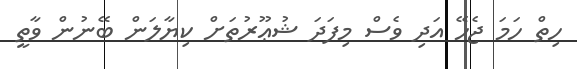
ހިތް ހަމަ ޖެހޭ އަދި ވެސް މިފަދަ ޝުޢޫރުތަށް ކިޔާލަން ބޭނުން ވާތީ